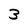
Character: 3